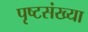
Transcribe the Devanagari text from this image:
पृष्टसंख्या